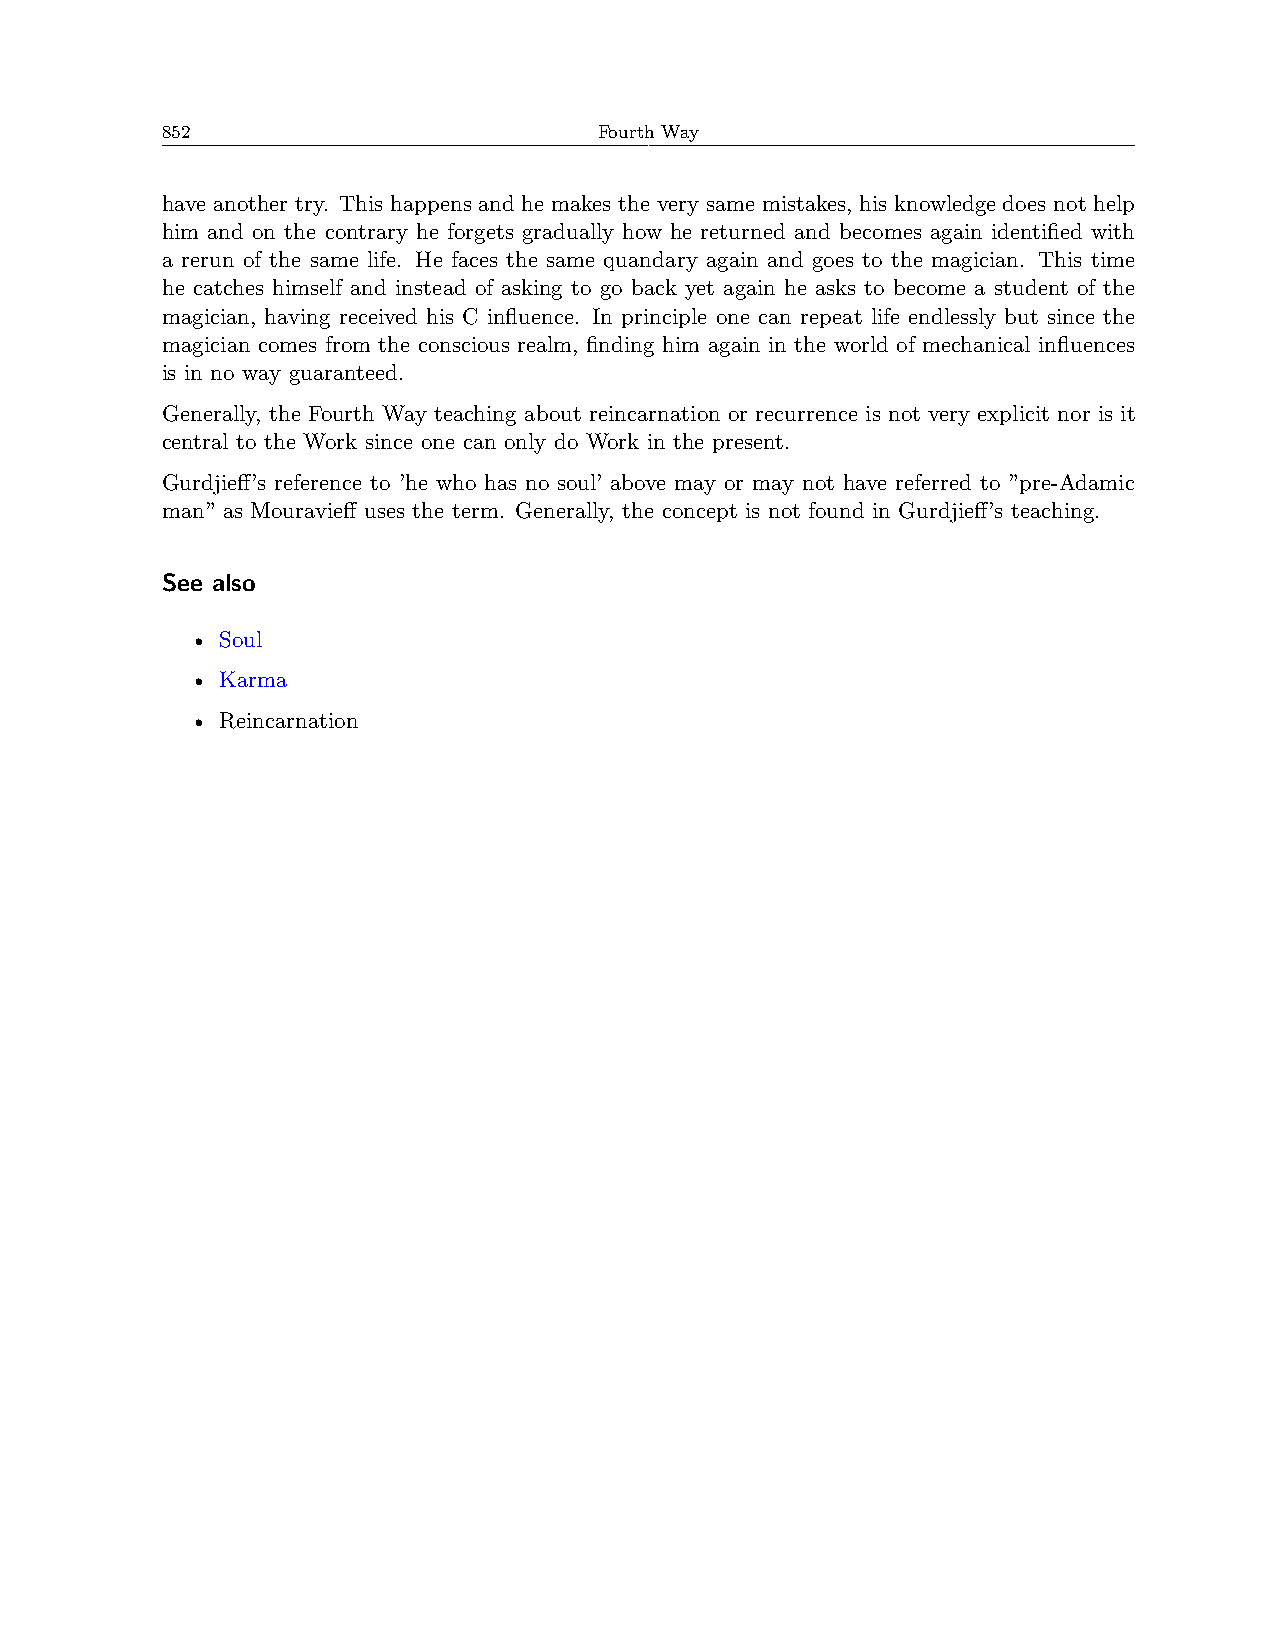
852                          Fourth Way
 have another try. This happens and he makes the very same mistakes, his knowledge does not help
 him and on the contrary he forgets gradually how he returned and becomes again identified with
 a rerun of the same life. He faces the same quandary again and goes to the magician. This time
 he catches himself and instead of asking to go back yet again he asks to become a student of the
 magician, having received his C influence. In principle one can repeat life endlessly but since the
 magician comes from the conscious realm, finding him again in the world of mechanical influences
 is in no way guaranteed.
 Generally, the Fourth Way teaching about reincarnation or recurrence is not very explicit nor is it
 central to the Work since one can only do Work in the present.
 Gurdjieff’s reference to ’he who has no soul’ above may or may not have referred to ”pre-Adamic
 man” as Mouravieff uses the term. Generally, the concept is not found in Gurdjieff’s teaching.
 See also
 • Soul
 • Karma
 • Reincarnation